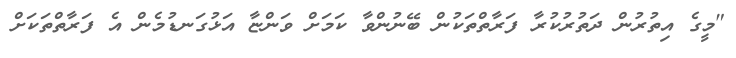
"މީގެ އިތުރުން ދަތުރުކުރާ ފަރާތްތަކުން ބޭނުންވާ ކަމަށް ވަންޏާ އަޅުގަނޑުމެން އެ ފަރާތްތަކަށް